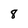
Character: 8